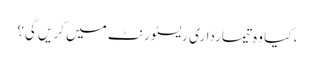
، کیا وہ تیمارداری ریسٹورنٹ میں کریں گی؟